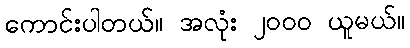
ကောင်းပါတယ်။ အလုံး ၂၀၀၀ ယူမယ်။